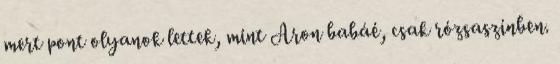
mert pont olyanok lettek, mint Aron babáé, csak rózsaszínben.